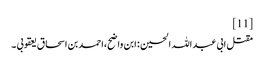
[11]
مقتل ابی عبد اللہ الحسین : ابن واضح،احمد بن اسحاق یعقوبی ۔